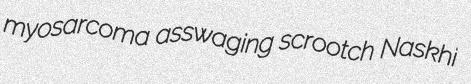
myosarcoma asswaging scrootch Naskhi